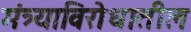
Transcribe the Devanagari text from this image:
मंत्र्याविरोधातील